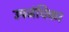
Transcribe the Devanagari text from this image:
उपजंघिका